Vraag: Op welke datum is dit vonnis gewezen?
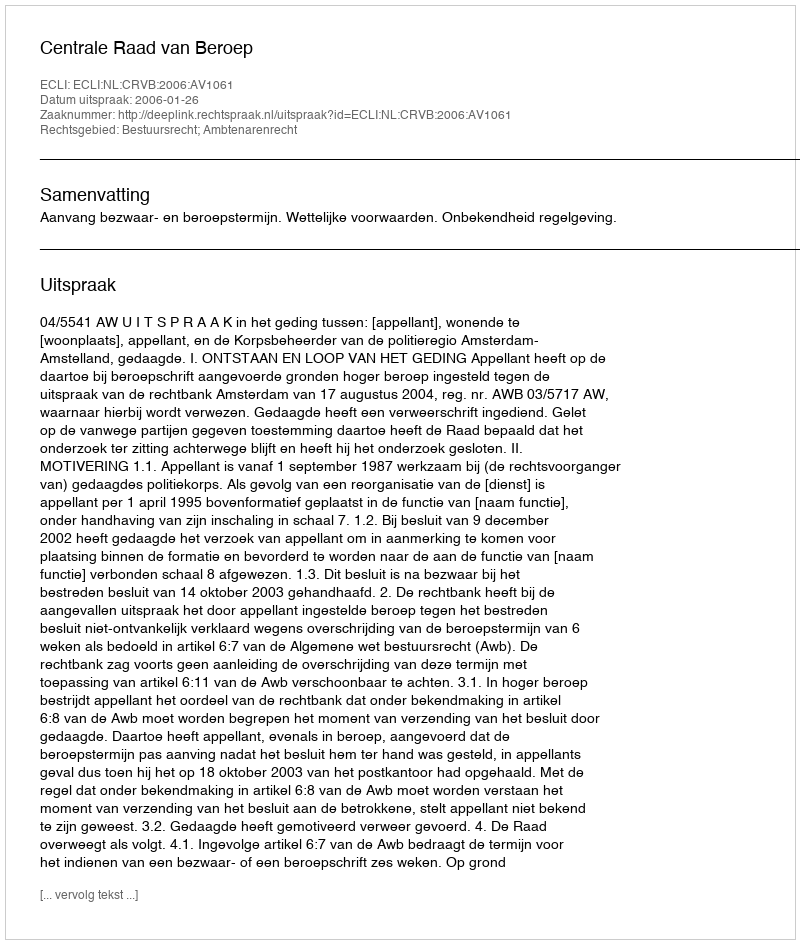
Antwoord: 2006-01-26